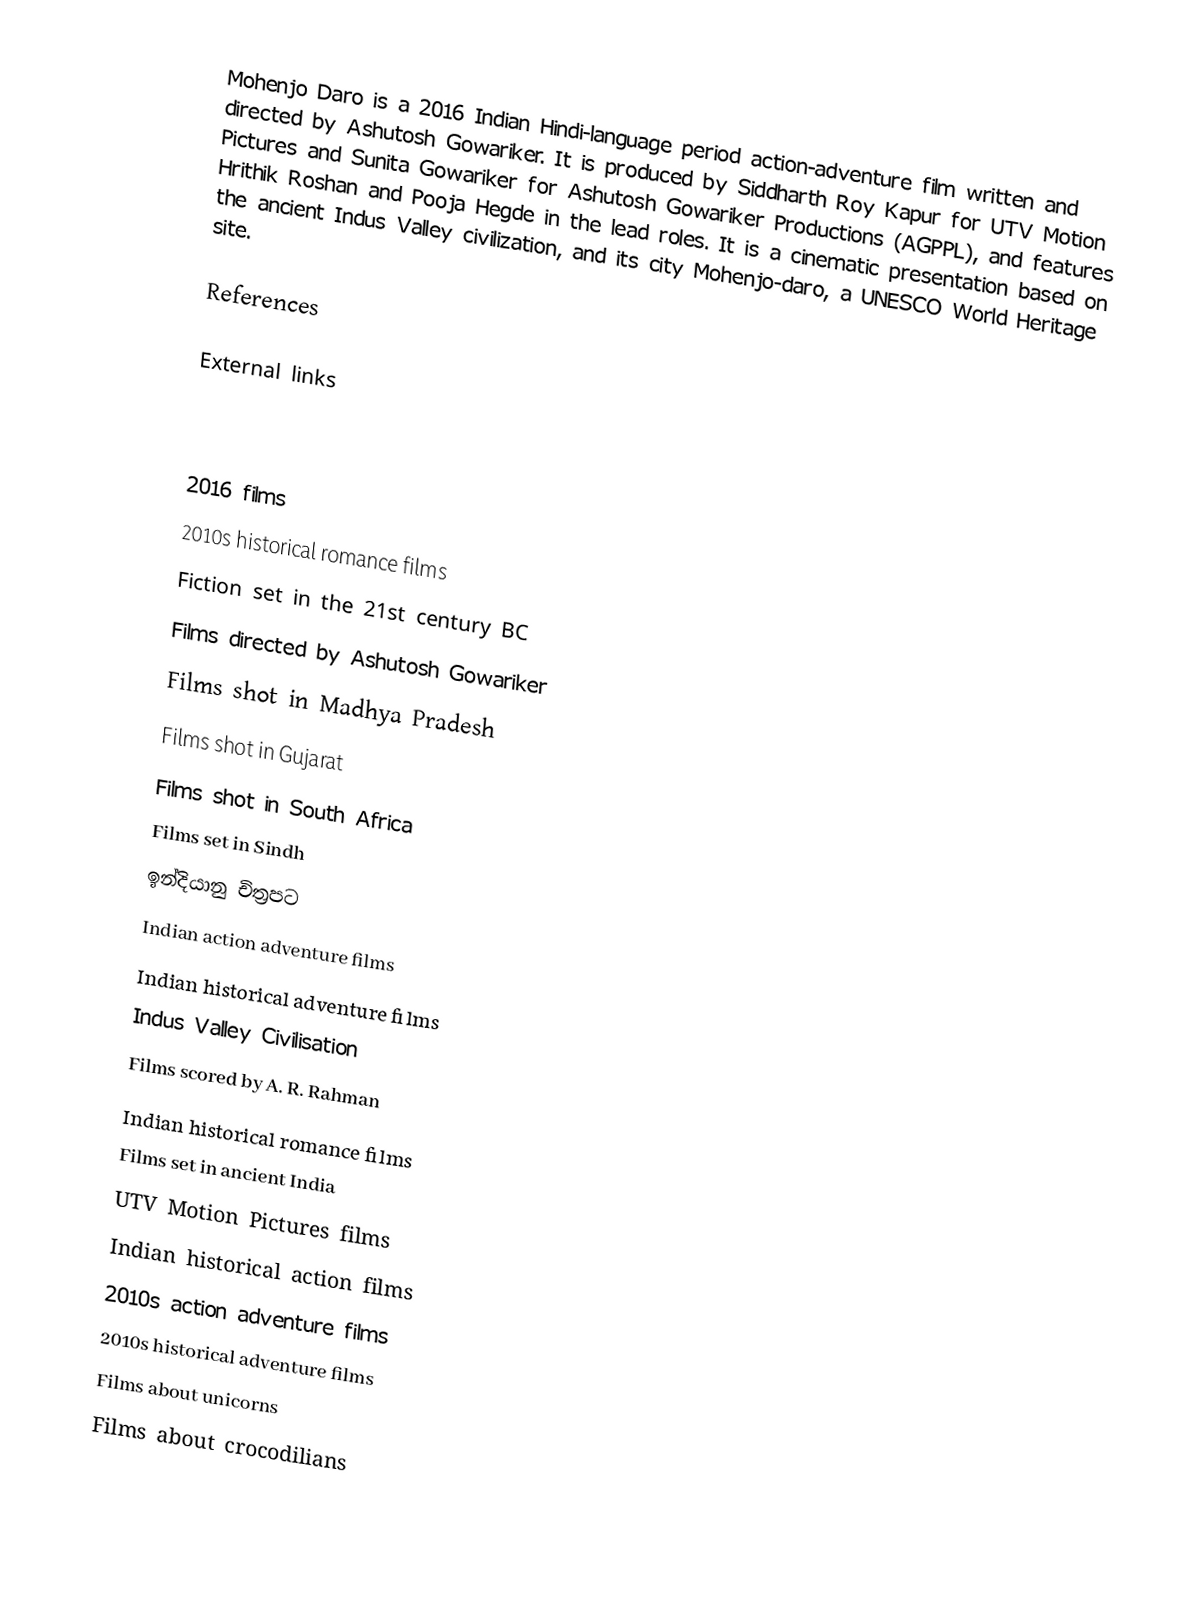
Mohenjo Daro is a 2016 Indian Hindi-language period action-adventure film written and directed by Ashutosh Gowariker. It is produced by Siddharth Roy Kapur for UTV Motion Pictures and Sunita Gowariker for Ashutosh Gowariker Productions (AGPPL), and features Hrithik Roshan and Pooja Hegde in the lead roles. It is a cinematic presentation based on the ancient Indus Valley civilization, and its city Mohenjo-daro, a UNESCO World Heritage site.

References

External links

2016 films
2010s historical romance films
Fiction set in the 21st century BC
Films directed by Ashutosh Gowariker
Films shot in Madhya Pradesh
Films shot in Gujarat
Films shot in South Africa
Films set in Sindh
ඉන්දියානු චිත්‍රපට
Indian action adventure films
Indian historical adventure films
Indus Valley Civilisation
Films scored by A. R. Rahman
Indian historical romance films
Films set in ancient India
UTV Motion Pictures films
Indian historical action films
2010s action adventure films
2010s historical adventure films
Films about unicorns
Films about crocodilians